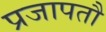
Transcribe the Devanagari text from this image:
प्रजापतौ